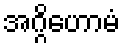
အဂ္ဂိဟောမံ